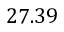
2 7 . 3 9